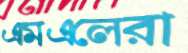
এমএলেরা